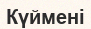
Күймені